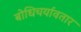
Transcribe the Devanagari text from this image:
बोधिचर्यावतार